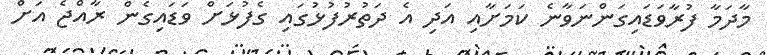
މާދަމާ ފުރާވަޑައިގަންނަވާނެ ކަމަށާއި އަދި އެ ދަތުރުފުޅުގައި ގެފުޅަށް ވަޑައިގެން ރާއްޖެ އަށް